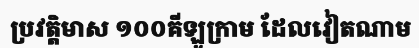
ប្រវត្តិមាស ១០០គីឡូក្រាម ដែលវៀតណាម